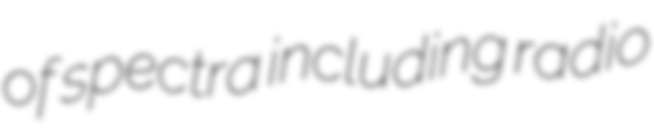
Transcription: of spectra including radio